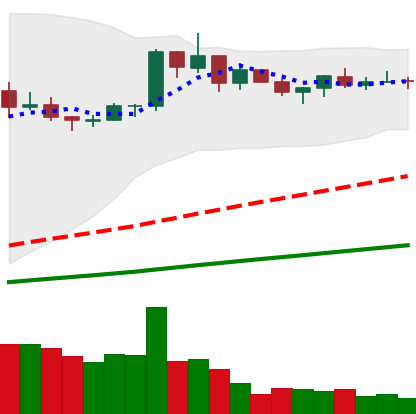
Ticker: BNB-USD
Chart end date: 2021-03-21
Forward return: -3.693%
Label: down_3_5